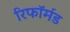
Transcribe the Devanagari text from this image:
रिफॉर्मड